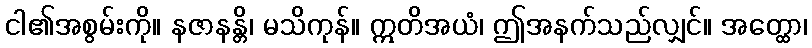
ငါ၏အစွမ်းကို။ နဇာနန္တိ၊ မသိကုန်။ ဣတိအယံ၊ ဤအနက်သည်လျှင်။ အတ္ထော၊